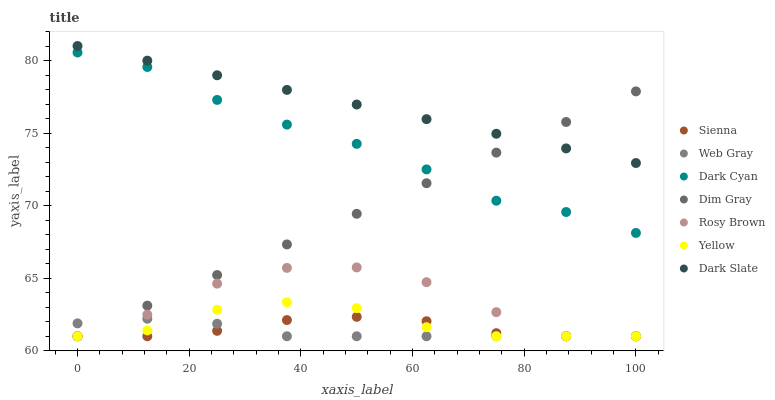
| xaxis_label | Sienna | Web Gray | Dark Cyan | Dim Gray | Rosy Brown | Yellow | Dark Slate |
 | --- | --- | --- | --- | --- | --- | --- | --- |
 | 0 | 61 | 61.9 | 80.6 | 61 | 61 | 61 | 81 |
 | 12.5 | 61 | 62.2 | 79.6 | 63.1 | 62.5 | 61.4 | 80 |
 | 25 | 61.4 | 61.9 | 77.3 | 65.2 | 64.6 | 62.8 | 79 |
 | 37.5 | 62.1 | 61 | 75.6 | 67.3 | 65.7 | 63.3 | 78 |
 | 50 | 62.3 | 61 | 74.3 | 69.4 | 65.7 | 62.9 | 77 |
 | 62.5 | 62 | 61 | 72.5 | 71.5 | 64.7 | 61.6 | 76 |
 | 75 | 61.2 | 61 | 70.3 | 73.7 | 62.7 | 61 | 75 |
 | 87.5 | 61 | 61 | 69.6 | 75.8 | 61 | 61 | 73.9 |
 | 100 | 61 | 61 | 68.1 | 77.9 | 61 | 61 | 72.9 |